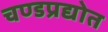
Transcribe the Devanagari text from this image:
चण्डप्रद्योत